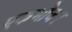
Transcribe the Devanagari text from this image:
एकभोजन